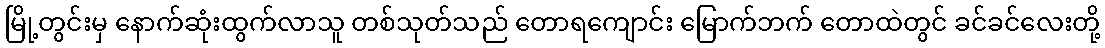
မြို့တွင်းမှ နောက်ဆုံးထွက်လာသူ တစ်သုတ်သည် တောရကျောင်း မြောက်ဘက် တောထဲတွင် ခင်ခင်လေးတို့